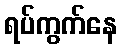
ရပ်ကွက်နေ